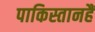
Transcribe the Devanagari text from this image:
पाकिस्तानहैं